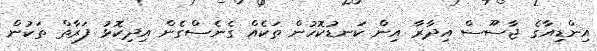
އިންޑިއާގެ ޖާސޫސް އިދާރާ އިން ކަނޑުކޮހުން ތަކެއް ގެނެސްގެން އިދިކޮޅު ފަރާތް ތަކުން